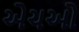
એચઓ